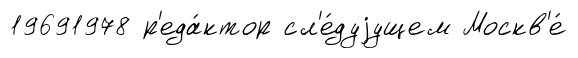
19691978 р'еда́ктор сл'е́дуjущем Москв'е́